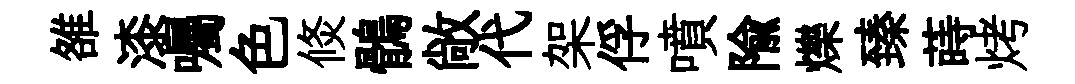
雒漆囑色倐鶻敞代架俘噴隃爍臻蒔烤